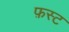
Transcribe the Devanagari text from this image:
फ़स्ट